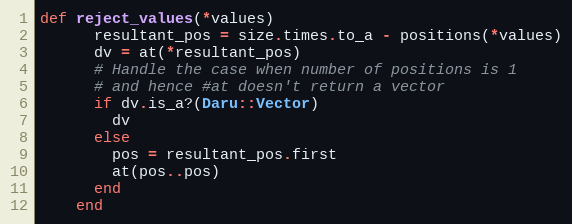
Language: Ruby
def reject_values(*values)
      resultant_pos = size.times.to_a - positions(*values)
      dv = at(*resultant_pos)
      # Handle the case when number of positions is 1
      # and hence #at doesn't return a vector
      if dv.is_a?(Daru::Vector)
        dv
      else
        pos = resultant_pos.first
        at(pos..pos)
      end
    end